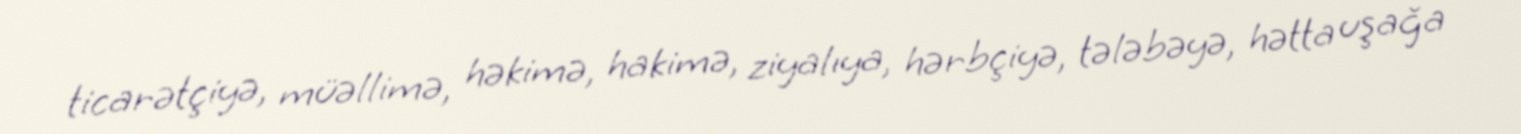
ticarətçiyə, müəllimə, həkimə, hakimə, ziyalıya, hərbçiyə, tələbəyə, hətta uşağa